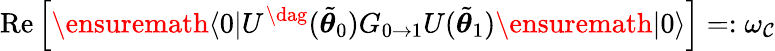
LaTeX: \mathrm{Re}\left[\ensuremath{\langle{0}\rvert}U^{\dag}(\tilde{{\boldsymbol{\theta}}}_{0})G_{0\to 1}U(\tilde{{\boldsymbol{\theta}}}_{1})\ensuremath{\lvert{0}\rangle}\right]=:\omega_{\mathcal{C}}